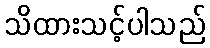
သိထားသင့်ပါသည်